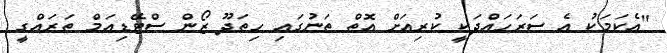
"އެކަމަކު އެ ސަރަހައްދަކީ ކުރިއަށް އޮތް ތަނުގައި ހިތަދޫ ޒޯން ސްޓޭޑިއަމް ތަރައްގީ